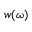
w ( \omega )